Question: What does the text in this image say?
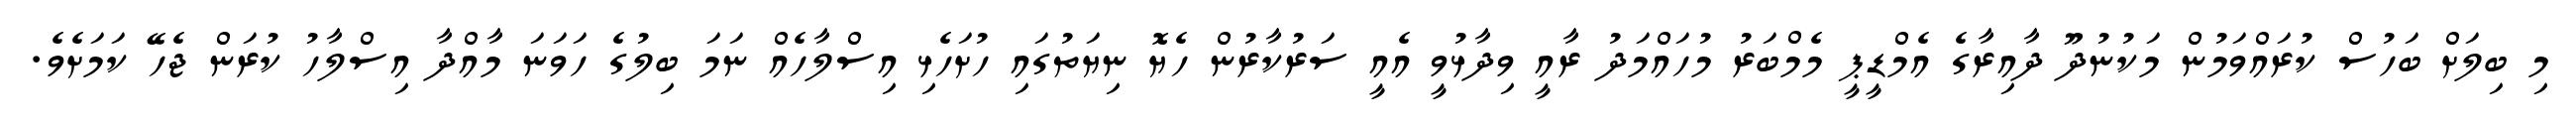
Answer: މި ބިލަށް ބަހުސް ކުރައްވަމުން މަކުނުދޫ ދާއިރާގެ އެމްޑީޕީ މެމްބަރު މުހައްމަދު ރާއީ ވިދާޅުވީ އެއީ ސަރުކާރުން ހެޔޮ ނިޔަތުގައި ހުށަހެޅި އިސްލާހެއް ނަމަ ބިލުގެ ހަވަނަ މާއްދާ އިސްލާހު ކުރަން ޖެހޭ ކަމަށެވެ.